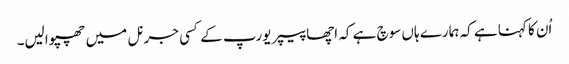
اُن کا کہنا ہے کہ ہمارے ہاں سوچ ہے کہ اچھا پیپر یورپ کے کسی جرنل میں چھپوالیں۔